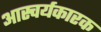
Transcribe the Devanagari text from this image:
आस्चर्यकारक